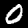
Digit: 0